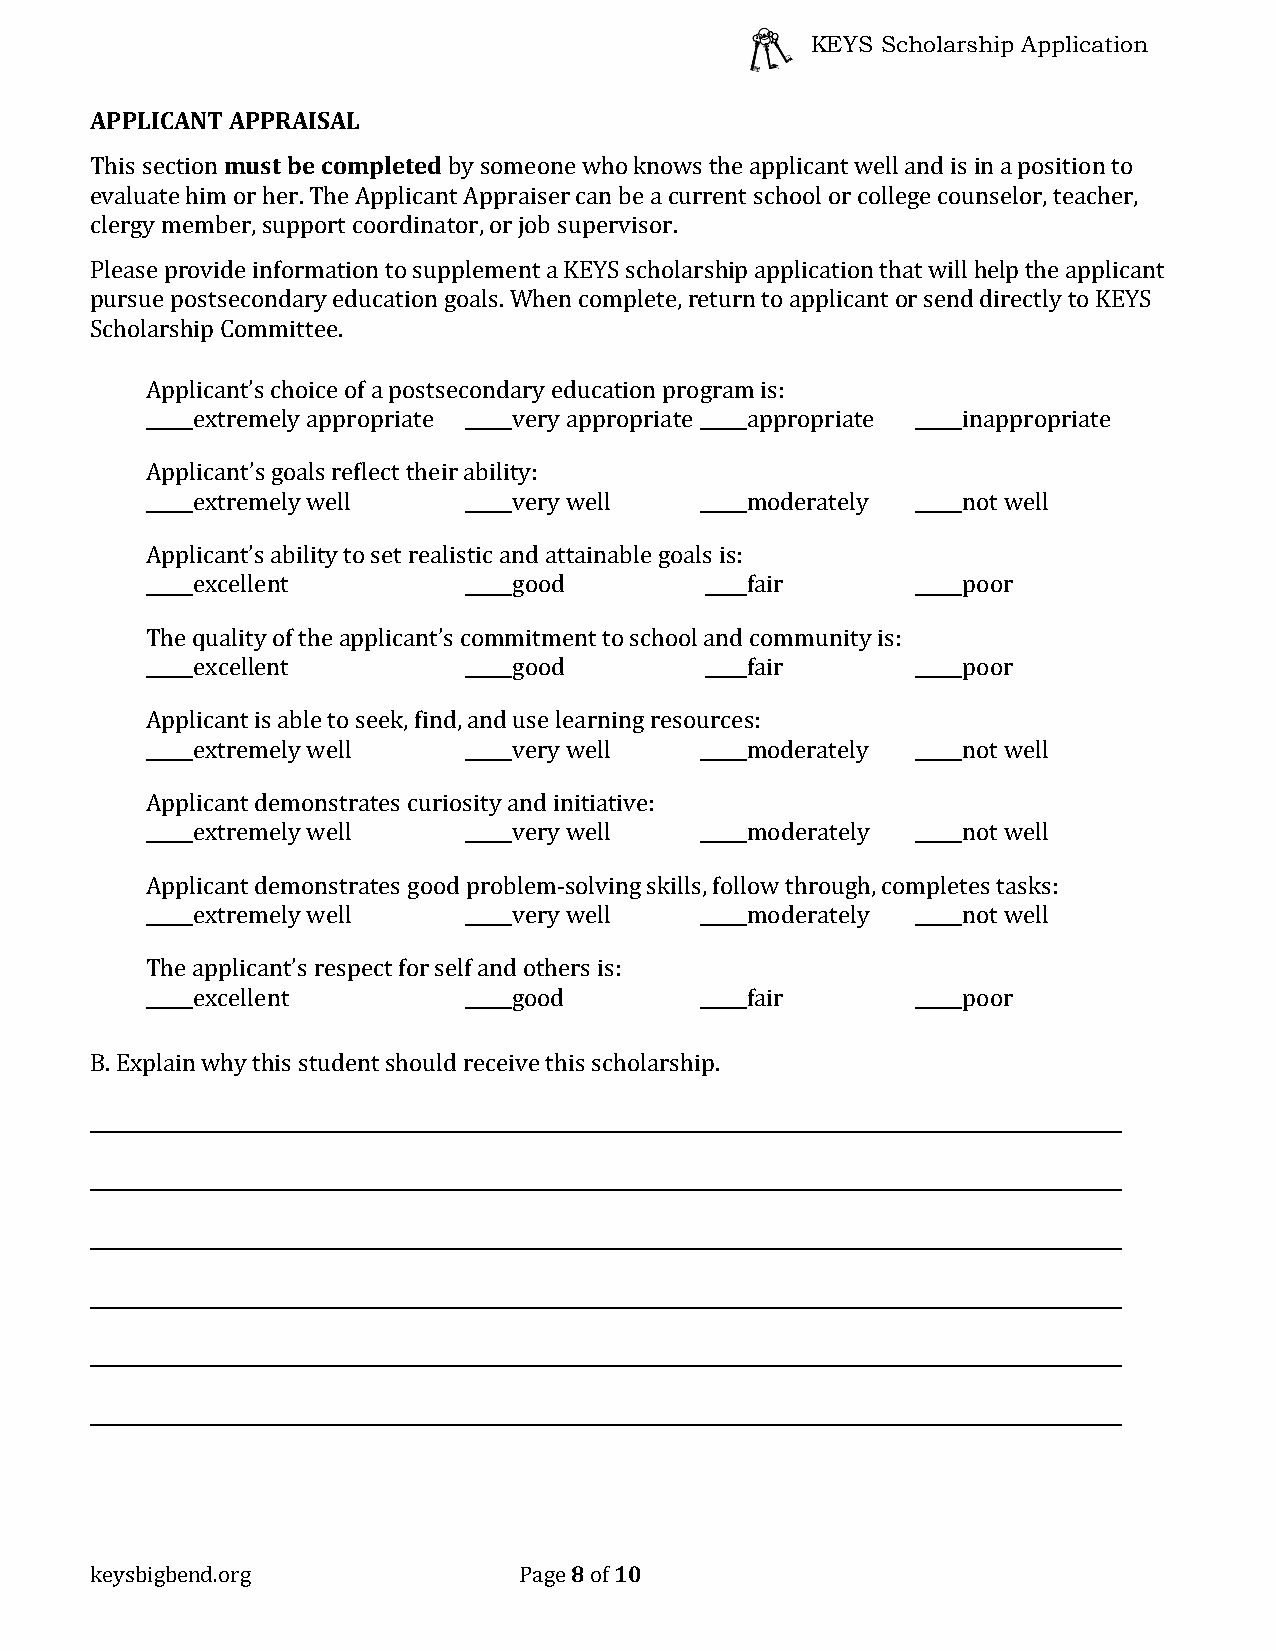
KEYS Scholarship Application
 APPLICANT APPRAISAL
 must be completed
 This section            by someone who knows the applicant well and is in a position to
 evaluate him or her. The Applicant Appraiser can be a current school or college counselor, teacher,
 clergy member, support coordinator, or job supervisor.
 Please provide information to supplement a KEYS scholarship application that will help the applicant
 pursue postsecondary education goals. When complete, return to applicant or send directly to KEYS
 Scholarship Committee.
 Applicant’s choice of a postsecondary education program is:
 extremely appropriate very appropriate appropriate inappropriate
 Applicant’s goals reflect their ability:
 extremely well       very well      moderately     not well
 Applicant’s ability to set realistic and attainable goals is:
 excellent            good           fair           poor
 The quality of the applicant’s commitment to school and community is:
 excellent            good           fair           poor
 Applicant is able to seek, find, and use learning resources:
 extremely well       very well      moderately     not well
 Applicant demonstrates curiosity and initiative:
 extremely well       very well      moderately     not well
 Applicant demonstrates good problem-solving skills, follow through, completes tasks:
 extremely well       very well      moderately     not well
 The applicant’s respect for self and others is:
 excellent            good           fair           poor
 B. Explain why this student should receive this scholarship.
 8  10
 keysbigbend.org             Page of